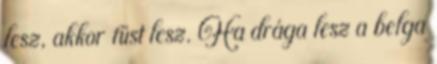
lesz, akkor füst lesz. Ha drága lesz a belga